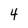
Character: 4